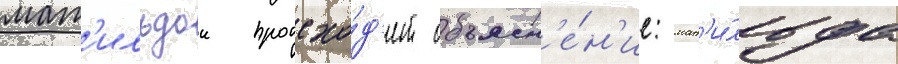
мат'ильдои происхо́д'ит объясн'е́н'ие: мат'и́льда